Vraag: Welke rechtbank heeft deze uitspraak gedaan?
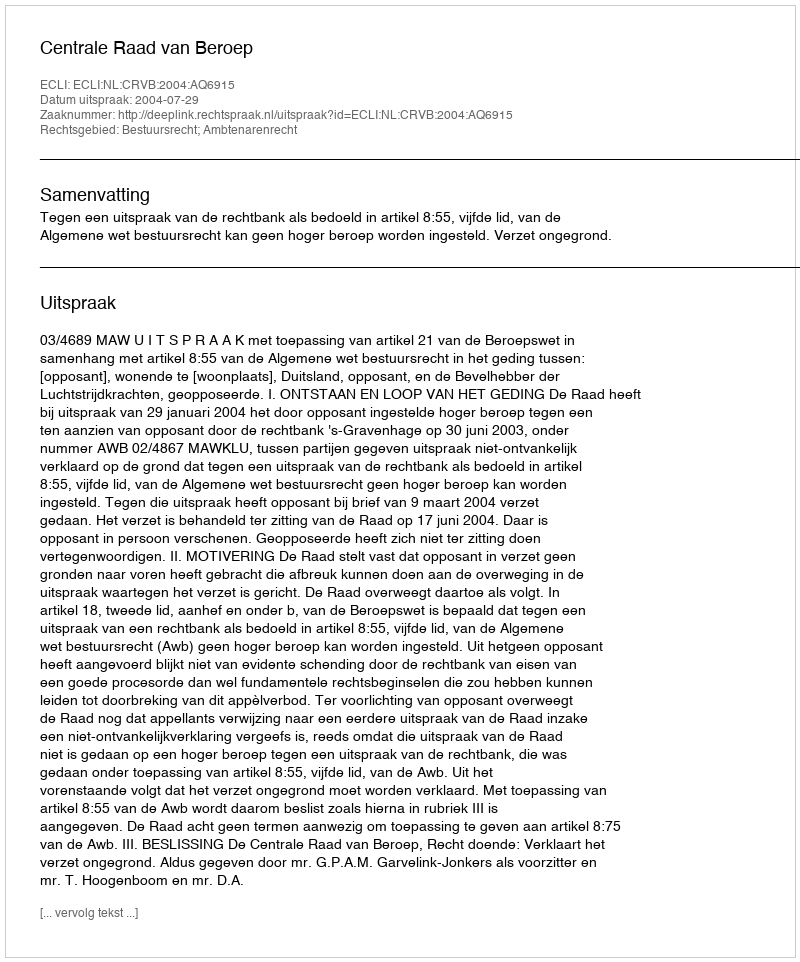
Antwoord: Centrale Raad van Beroep